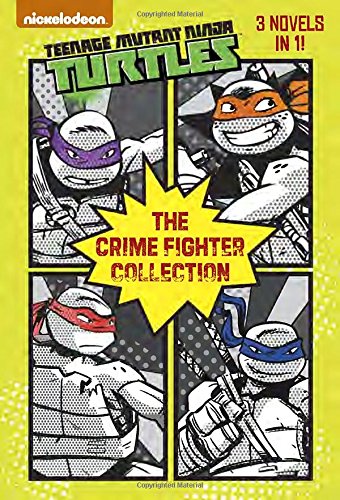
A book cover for The Crime Fighter Collection (Teenage Mutant Ninja Turtles) (Junior Novel); Matthew Gilbert; Children's Books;